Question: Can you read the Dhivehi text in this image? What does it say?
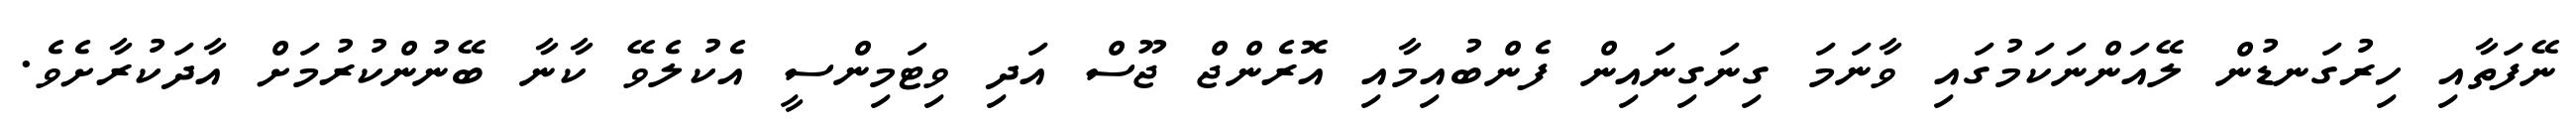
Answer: ނޭފަތާއި ހިރުގަނޑުން ލޭއަންނަކަމުގައި ވާނަމަ ގިނަގިނައިން ފެންބުއިމާއި އޮރެންޖް ޖޫސް އަދި ވިޓަމިންސީ އެކުލެވޭ ކާނާ ބޭނުންކުރުމަށް އާދަކުރާށެވެ.